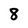
Character: 8